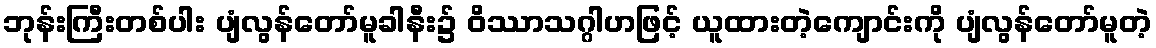
ဘုန်းကြီးတစ်ပါး ပျံလွန်တော်မူခါနီး၌ ဝိဿာသဂ္ဂါဟဖြင့် ယူထားတဲ့ကျောင်းကို ပျံလွန်တော်မူတဲ့